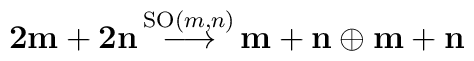
{\bf {2m+2n}} \, {\stackrel{\mathrm{SO}(m,n)}{\longrightarrow}} \, {\bf {m+n}} \oplus  {\bf { m+n}}